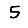
Digit: 5